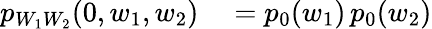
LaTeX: \begin{array}{rl}{p_{W_{1}W_{2}}(0,w_{1},w_{2})}&{{}=p_{0}(w_{1})\, p_{0}(w_{2})}\end{array}